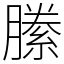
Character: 縢